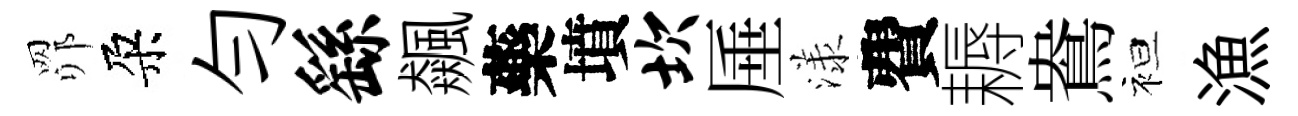
𦊑朶勻繇飆藥墳坎厜漾費耨鴦袒漁